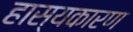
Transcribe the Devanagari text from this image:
हास्यकारण